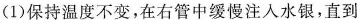
(1)保持温度不变，在右管中缓慢注入水银，直到